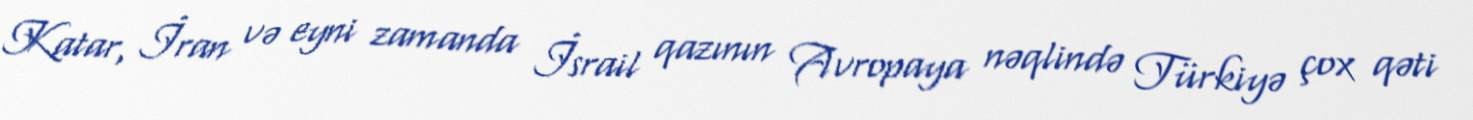
Katar, İran və eyni zamanda İsrail qazının Avropaya nəqlində Türkiyə çox qəti